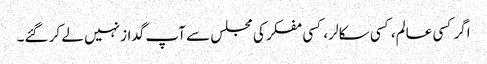
اگر کسی عالم، کسی سکالر ، کسی مفکر کی مجلس سے آپ گداز نہیں لے کر گئے۔